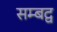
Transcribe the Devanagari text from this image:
सम्‍बद्व